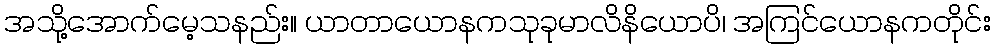
အသို့အောက်မေ့သနည်း။ ယာတာယောနကသုခုမာလိနိယောပိ၊ အကြင်ယောနကတိုင်း